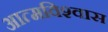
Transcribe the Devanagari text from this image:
आत्‍मविश्‍वास